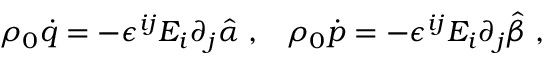
\rho _ { 0 } \dot { q } = - \epsilon ^ { i j } E _ { i } \partial _ { j } \hat { \alpha } \; , \; \; \; \rho _ { 0 } \dot { p } = - \epsilon ^ { i j } E _ { i } \partial _ { j } \hat { \beta } \; ,